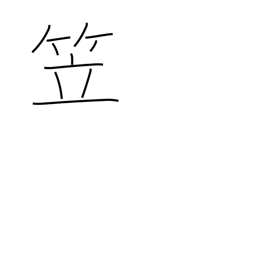
Meaning: bamboo hat